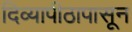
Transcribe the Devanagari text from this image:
दिव्यापीठापासून